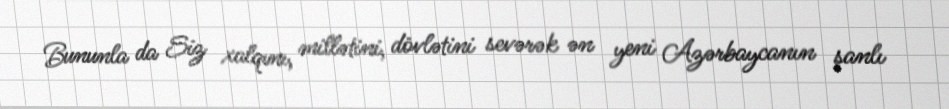
Bununla da Siz xalqını, millətini, dövlətini sevərək ən yeni Azərbaycanın şanlı